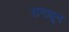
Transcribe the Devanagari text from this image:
रागाहून